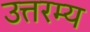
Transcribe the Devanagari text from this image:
उत्तरम्य